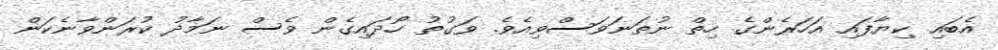
އެބައި ކިޔާފައި އަހަރެންގެ ހިތް ނުތަނަވަސްވިއެވެ. ވަގުތު ހޯދައިގެން ވެސް ނަމާދު ކުރަންވާނެކަން